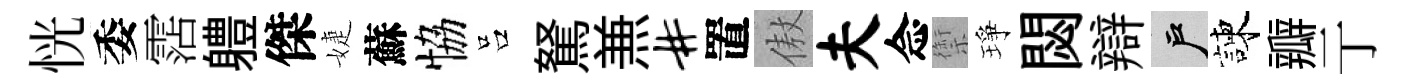
恍委霑軆傑婕蘇恊吕駑𠔥#置傲夫念禦琤閟辯户諫瓣亍